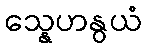
သ္နေဟနွယံ